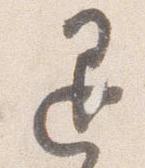
退